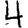
Digit: 4